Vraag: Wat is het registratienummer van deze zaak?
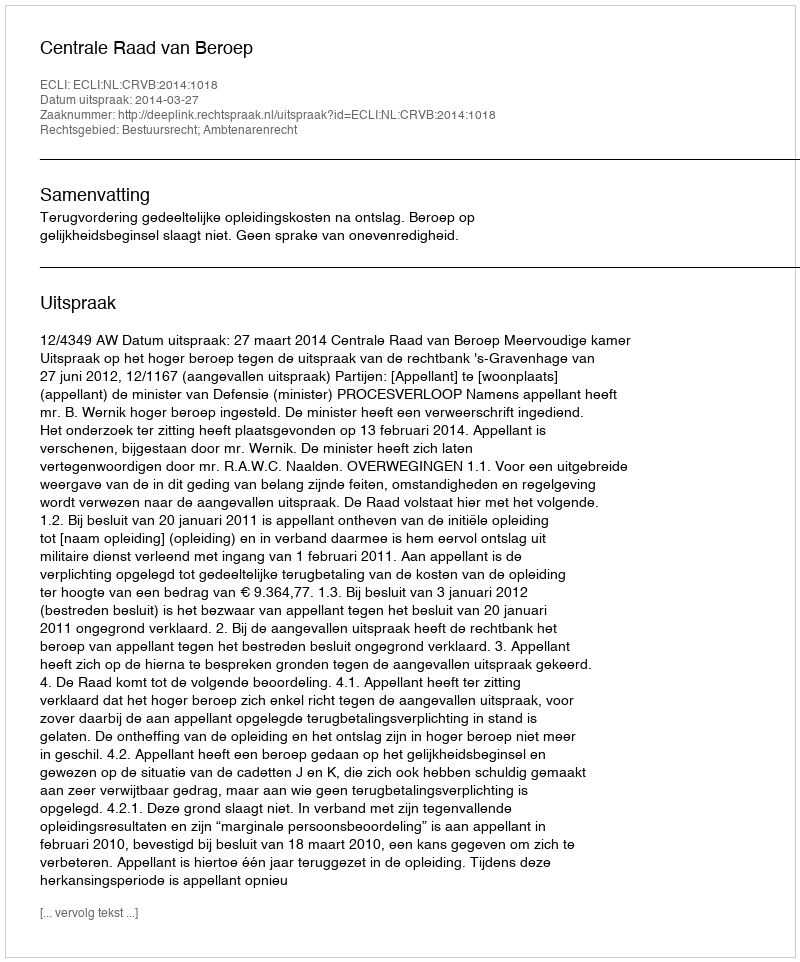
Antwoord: http://deeplink.rechtspraak.nl/uitspraak?id=ECLI:NL:CRVB:2014:1018